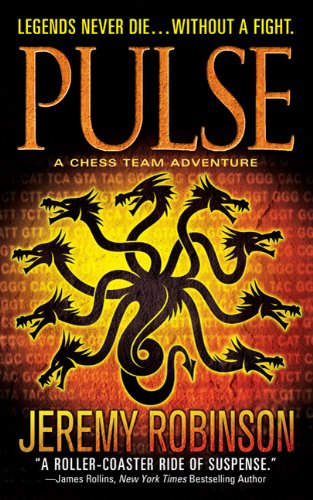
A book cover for Pulse (A Jack Sigler Thriller); Jeremy Robinson; Science Fiction & Fantasy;